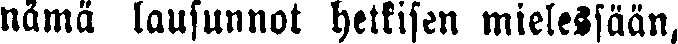
nämä lausunnot hetkisen mielessään,